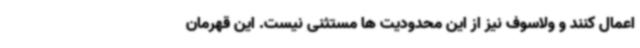
اعمال کنند و ولاسوف نیز از این محدودیت ها مستثنی نیست. این قهرمان